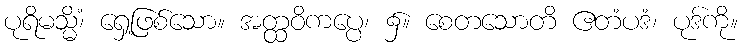
ပုရိမသ္မိံ၊ ရှေ့ဖြစ်သော။ အတ္ထဝိကပ္ပေ၊ ၌။ စေတသောတိ ဧတံပဒံ၊ ပုဒ်ကို။